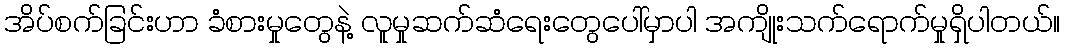
အိပ်စက်ခြင်းဟာ ခံစားမှုတွေနဲ့ လူမှုဆက်ဆံရေးတွေပေါ်မှာပါ အကျိုးသက်ရောက်မှုရှိပါတယ်။